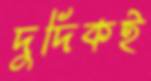
দুদিকই